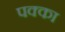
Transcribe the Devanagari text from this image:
पक्‍का